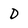
Character: D